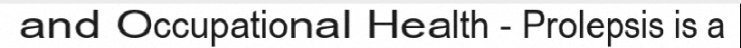
and Occupational Health - Prolepsis is a